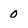
Character: 0